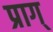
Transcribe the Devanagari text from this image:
प्राग्